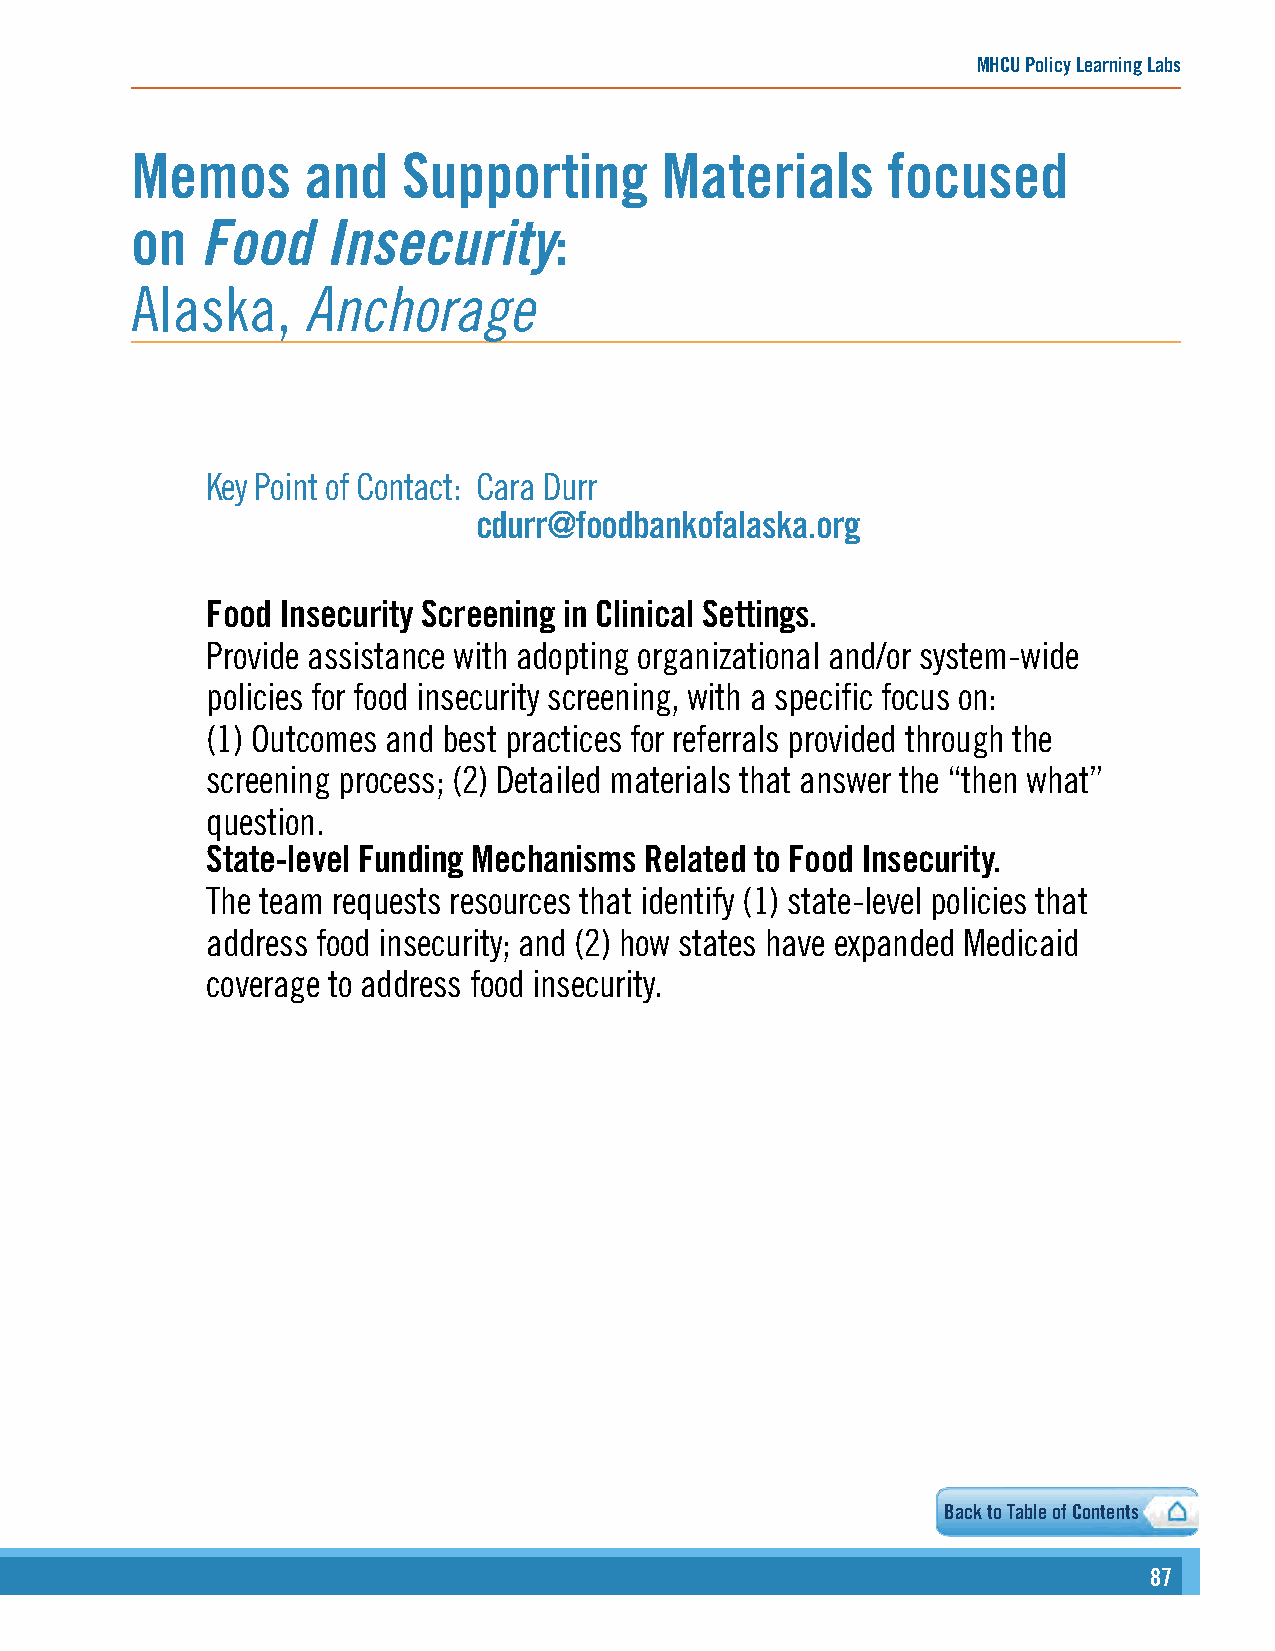
MHCU Policy Learning Labs
 Memos      and    Supporting       Materials      focused
 on  Food     Insecurity:
 Alaska,    Anchorage
 Key Point of Contact: Cara Durr
 cdurr@foodbankofalaska.org
 Food Insecurity Screening in Clinical Settings.
 Provide assistance with adopting organizational and/or system-wide
 policies for food insecurity screening, with a specific focus on:
 (1) Outcomes and best practices for referrals provided through the
 screening process; (2) Detailed materials that answer the “then what”
 question.
 State-level Funding Mechanisms Related to Food Insecurity.
 The team requests resources that identify (1) state-level policies that
 address food insecurity; and (2) how states have expanded Medicaid
 coverage to address food insecurity.
 Back to Table of Contents
 87